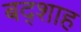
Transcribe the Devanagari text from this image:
बद्शाह